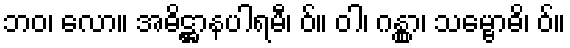
ဘဝ၊ လော။ အဓိဋ္ဌာနပါရမီ၊ ဝ်။ ဝါ၊ ဂန္တွာ၊ သမ္ဗောဓိ၊ ဝ်။